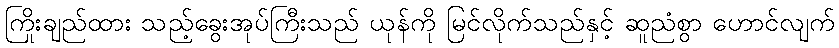
ကြိုးချည်ထား သည့်ခွေးအုပ်ကြီးသည် ယုန်ကို မြင်လိုက်သည်နှင့် ဆူညံစွာ ဟောင်လျက်